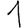
Digit: 1